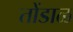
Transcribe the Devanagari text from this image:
तोंडाळ